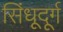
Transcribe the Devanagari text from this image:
सिंधूदूर्ग